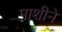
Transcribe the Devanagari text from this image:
माशीने